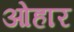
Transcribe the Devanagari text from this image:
ओहार